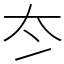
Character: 冭